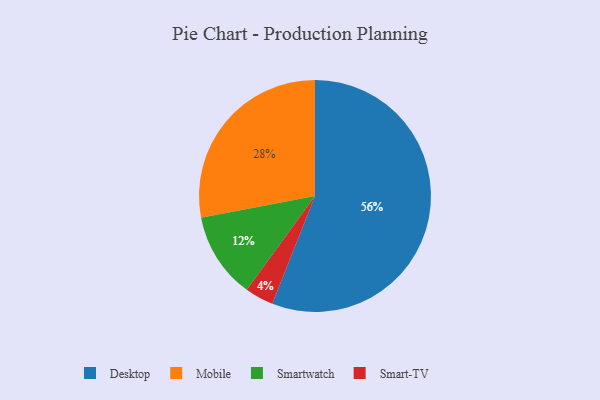
{"axis": {"x": "Category", "y": "Percentage"}, "legend": ["Desktop", "Mobile", "Smart-TV", "Smartwatch"], "data": [{"x": "Mobile", "y": 28, "type": "Mobile"}, {"x": "Smart-TV", "y": 4, "type": "Smart-TV"}, {"x": "Smartwatch", "y": 12, "type": "Smartwatch"}, {"x": "Desktop", "y": 56, "type": "Desktop"}]}